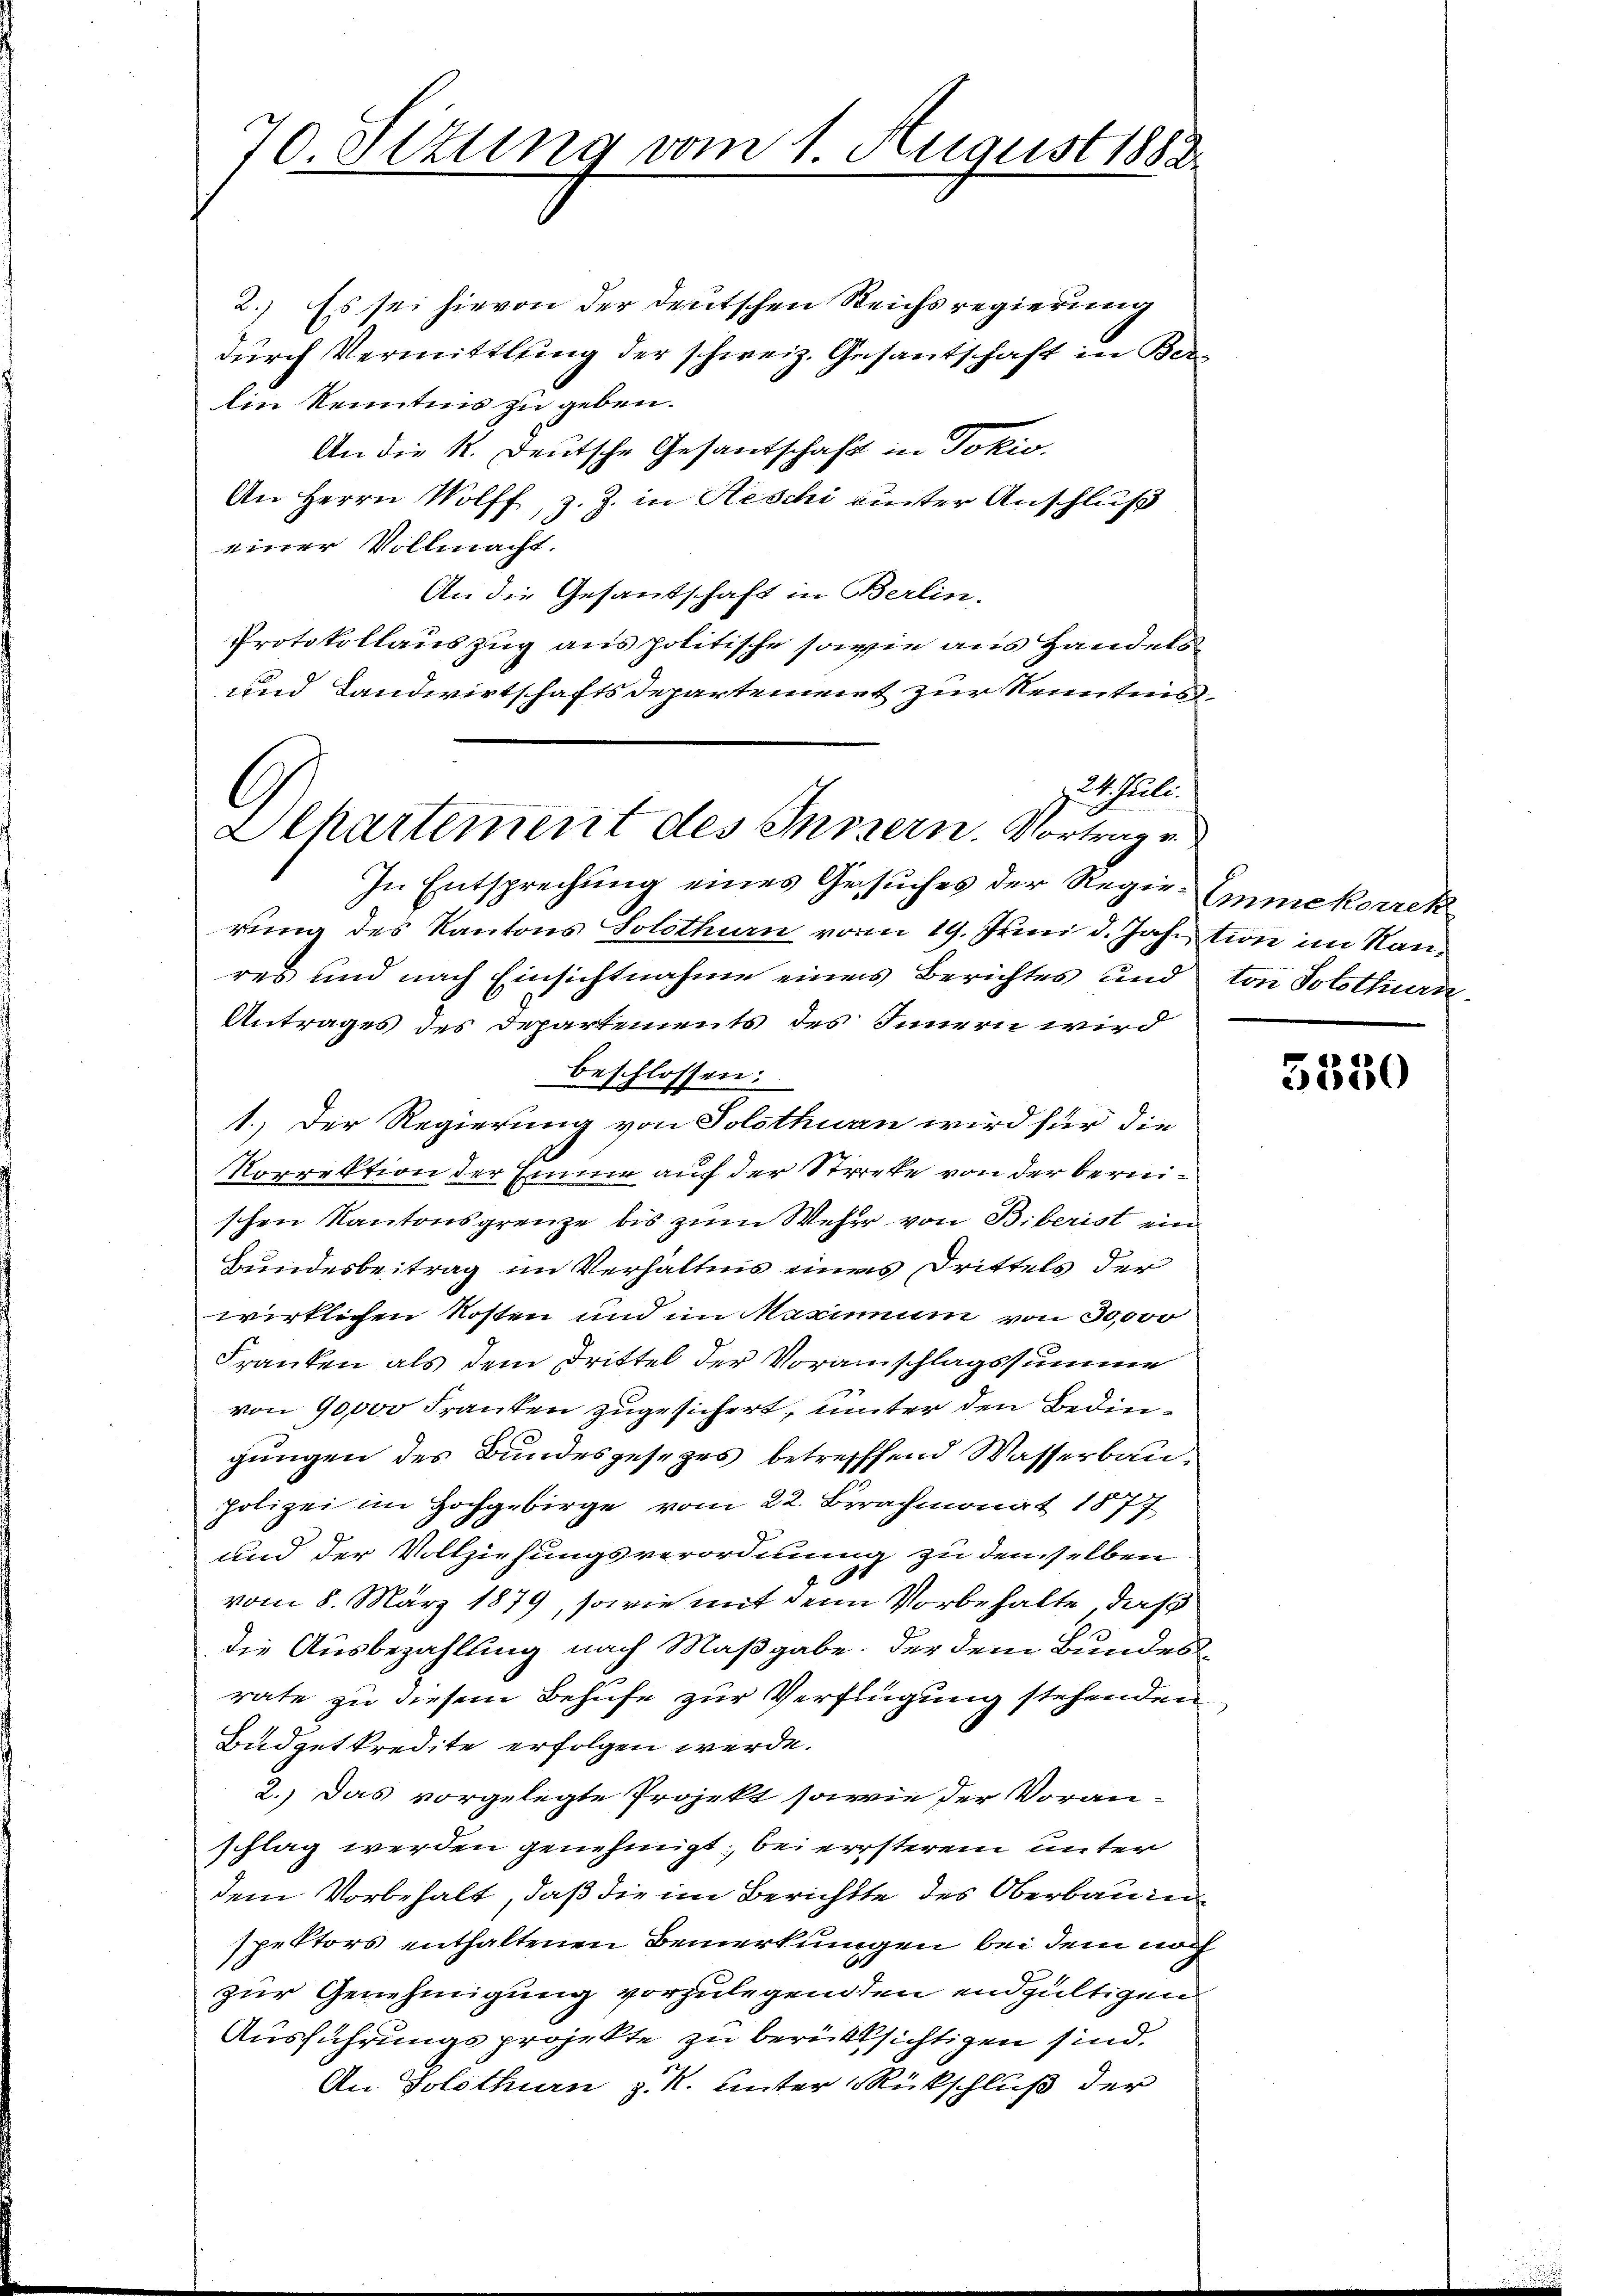
70. Setung vom 1. August 1883.

2.) Es sei hievon der deutschen Reichsregierung
durch Vermittlung der schweiz. Gesantschaft in Ber-
Ein Kenntnis zu geben.
An die K. Deutsche Gesantschaft in Jokio.
An Herrn Wolff, z. Z. in Reschi inter Anschluß
einer Vollmacht.
An die Gesandtschaft in Berlin-
Protokollauszug aus politische sowie aus Handels
und Landwirtschaftsdepartement zur Kenntnis¬
In Entsprechung eines Gesuches der Regie-Emmekorrek
rung des Kantons Solothurn vom 19. Juni d. Jahntion im Kanres und nach Einsichtnahme eines Berichtes und von Solothurn¬
Antrages des Departements des Innern wird
beschlossen:
1.) Der Regierung von Solothurn wird hier die
s
Korrektion der Einner auf der Strecke von der bereischen Kantonsgrenze bis zum Weher von Biberist ein
Bundesbeitrag im Verhältnis eines Drittels der
wirklichen Kosten und im Maximum von 30,000
Franken als dem Drittel der Voranschlagssumme
von 90,000 Franken zugesichert, unter den Bedingungen des Bundesgesezes betreffend Wasserbaupolizei im Hochgebirge vom 22. Berachmonat 1877
und der Vollziehungsverordnung zu demselben
vom 8. März 1879, sowie mit den Vorbehalte, daß
die Ausbezahlung nach Maßgabe, der dem Bundesrate zu diesem Behufe zur Verfügung stehenden
Budgetkredite erfolgen werde.
2.) Das vorgelegte Projekt sowie der Voranschlag werden genehmigt, bei ersterem unter
dem Vorbehalt, daß die im Berichtte des Oberbauinspektors enthaltenen Bemerkungen bei dem noch
zur Genehmigung vorzulegenden endgültigen
Ausführungsprojekte zu berücksichtigen sind.
An Solothurn z. R. unter Rückschluß der

z. 4. Juli.
Alhartement des Innern. Vortrag v

5330